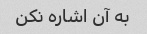
به آن اشاره نکن